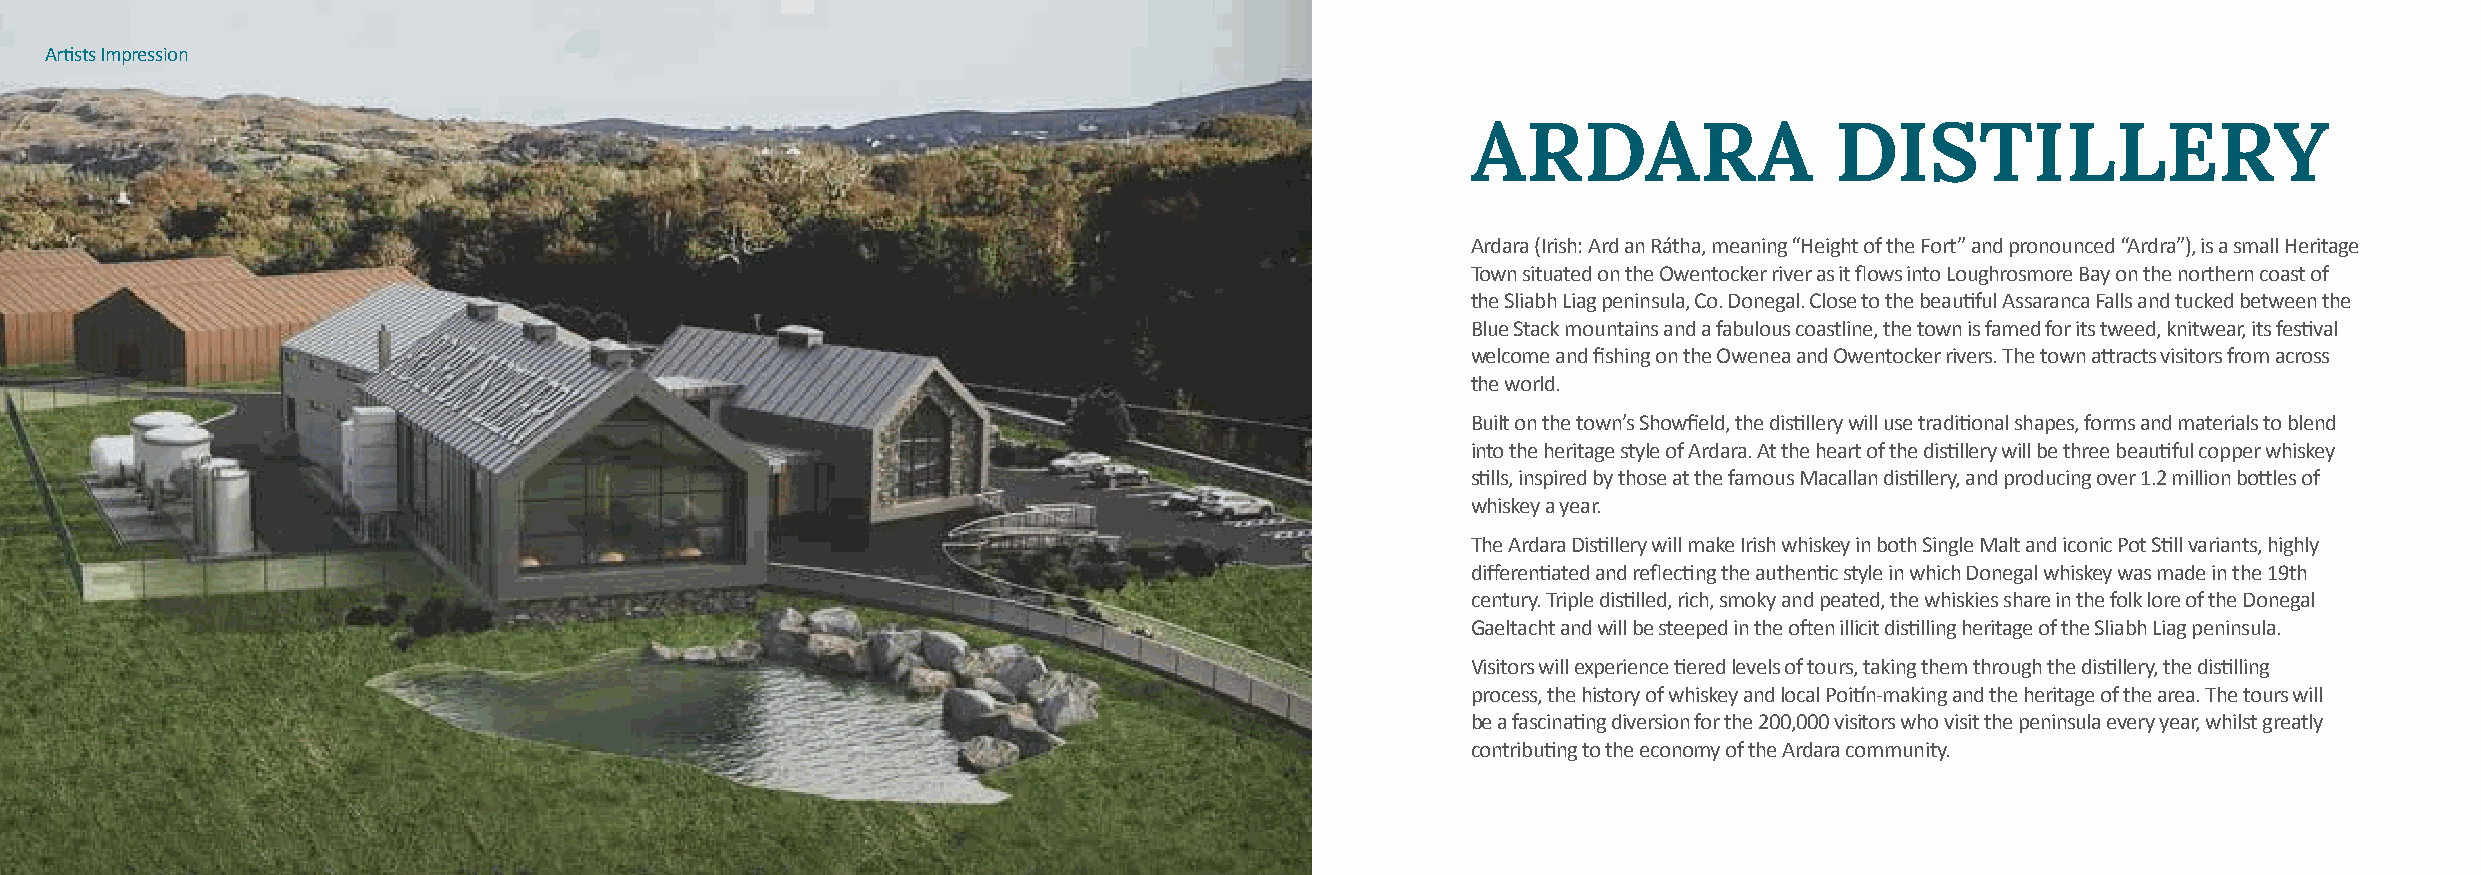
Artists Impression
 ARDARA                  DISTILLERY
 Ardara (Irish: Ard an Rátha, meaning “Height of the Fort” and pronounced “Ardra”), is a small Heritage
 Town situated on the Owentocker river as it flows into Loughrosmore Bay on the northern coast of
 the Sliabh Liag peninsula, Co. Donegal. Close to the beautiful Assaranca Falls and tucked between the
 Blue Stack mountains and a fabulous coastline, the town is famed for its tweed, knitwear, its festival
 welcome and fishing on the Owenea and Owentocker rivers. The town attracts visitors from across
 the world.
 Built on the town’s Showfield, the distillery will use traditional shapes, forms and materials to blend
 into the heritage style of Ardara. At the heart of the distillery will be three beautiful copper whiskey
 stills, inspired by those at the famous Macallan distillery, and producing over 1.2 million bottles of
 whiskey a year.
 The Ardara Distillery will make Irish whiskey in both Single Malt and iconic Pot Still variants, highly
 differentiated and reflecting the authentic style in which Donegal whiskey was made in the 19th
 century. Triple distilled, rich, smoky and peated, the whiskies share in the folk lore of the Donegal
 Gaeltacht and will be steeped in the often illicit distilling heritage of the Sliabh Liag peninsula.
 Visitors will experience tiered levels of tours, taking them through the distillery, the distilling
 process, the history of whiskey and local Poitín-making and the heritage of the area. The tours will
 be a fascinating diversion for the 200,000 visitors who visit the peninsula every year, whilst greatly
 contributing to the economy of the Ardara community.